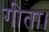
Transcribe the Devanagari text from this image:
गीता।